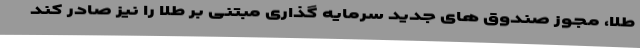
طلا، مجوز صندوق های جدید سرمایه گذاری مبتنی بر طلا را نیز صادر کند